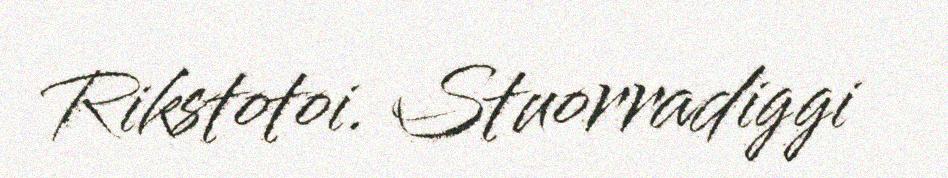
Rikstotoi. Stuorradiggi